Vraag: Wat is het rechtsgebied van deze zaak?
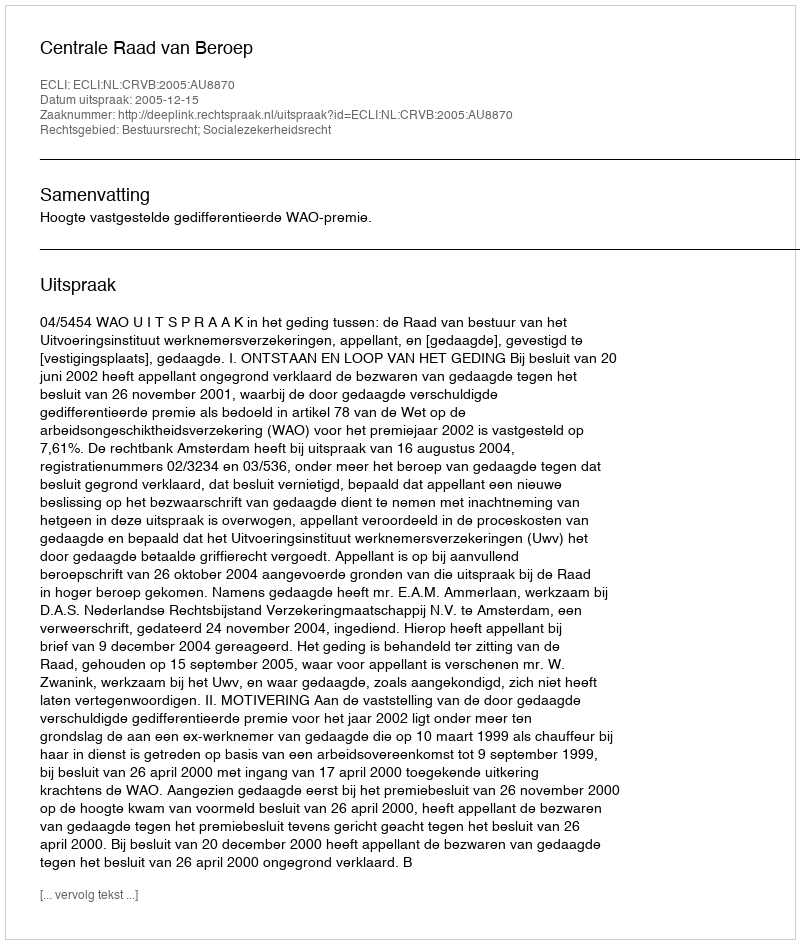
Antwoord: Bestuursrecht; Socialezekerheidsrecht